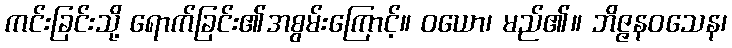
ကင်းခြင်းသို့ ရောက်ခြင်း၏အစွမ်းကြောင့်။ ဝယော၊ မည်၏။ ဘိဇ္ဇနဝသေန၊